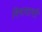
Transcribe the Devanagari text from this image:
विषादासी